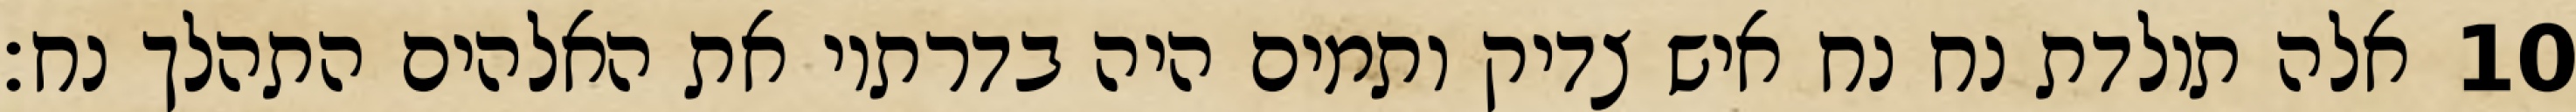
אלה תולדת נח נח איש צדיק ותמים היה בדרתיו את האלהים התהלך נח׃ ‎10‏